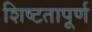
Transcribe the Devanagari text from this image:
शिष्टतापूर्ण